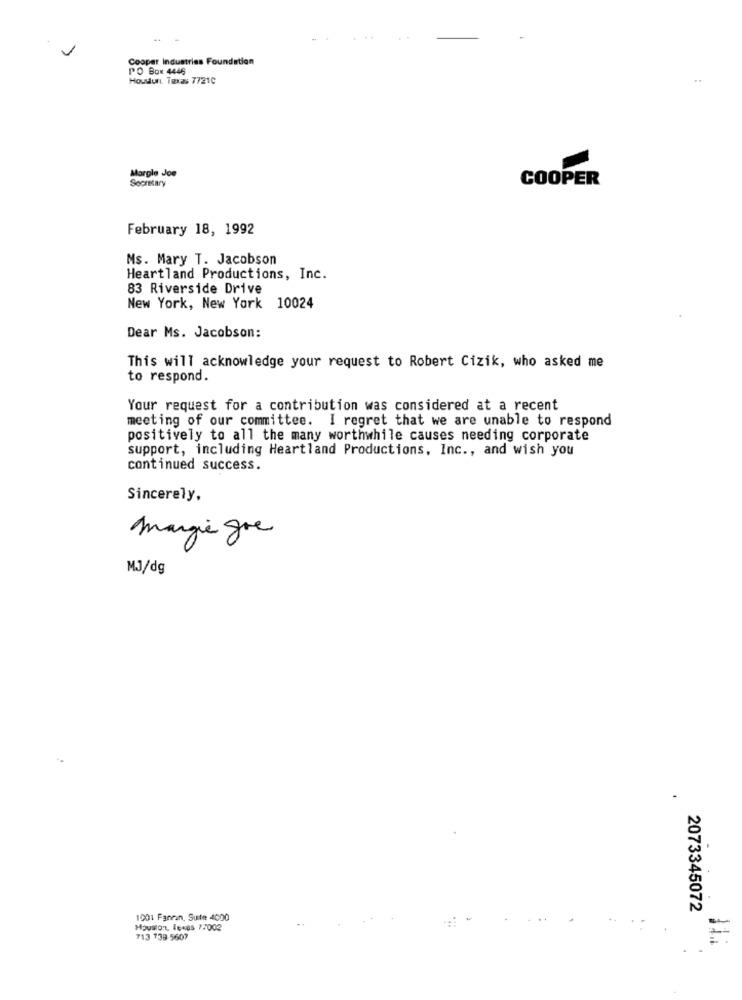
Cooper Industries Foundation
PO Box 4446
Houdun. Taxas 7721C
..
Margle Joe
COOPER
SOCHEary
February 18, 1992
Ms. Mary T. Jacobson
Heartland Productions, Inc.
83 Riverside Drive
New York, New York 10024
Dear Ms. Jacobson:
This will acknowledge your request to Robert Cizik, who asked me
to respond.
Your request for a contribution was considered at a recent
meeting of our committee. I regret that we are unable to respond
positively to all the many worthwhile causes needing corporate
support, including Heartland Productions, Inc ., and wish you
continued success.
Sincerely,
margie gre
MJ/dg
2073345072
1001 Fannan, Suite 4000
MouiOnt, LEKes 77002
713 739-5607